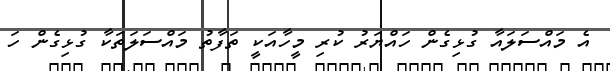
އެ މައްސަލައާ ގުޅިގެން ހައްޔަރު ކުރި މީހާއަކީ ތަފާތު މައްސަލަތަކާ ގުޅިގެން ހަ